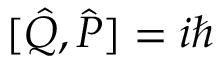
[ { \hat { Q } } , { \hat { P } } ] = i \hbar